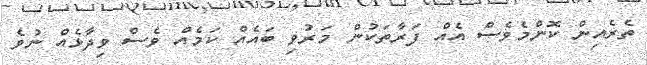
ތެރެއިން ކޮންމެވެސް އެއް ފަރާތަކުން މަރުވި ބައެއް ކަމެއް ވެސް ވިދާޅެއް ނުވެ